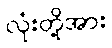
လုံးတို့အား